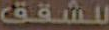
للشقق